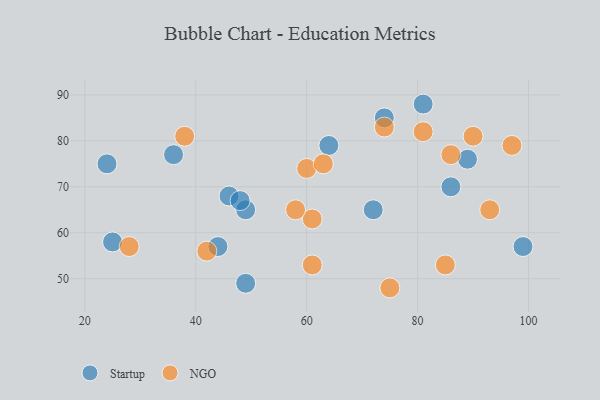
{"axis": {"x": "GDP", "y": "Life Expectancy"}, "legend": ["NGO", "Startup"], "data": [{"x": "89", "y": 76, "type": "Startup"}, {"x": "46", "y": 68, "type": "Startup"}, {"x": "86", "y": 70, "type": "Startup"}, {"x": "72", "y": 65, "type": "Startup"}, {"x": "49", "y": 65, "type": "Startup"}, {"x": "44", "y": 57, "type": "Startup"}, {"x": "24", "y": 75, "type": "Startup"}, {"x": "81", "y": 88, "type": "Startup"}, {"x": "36", "y": 77, "type": "Startup"}, {"x": "99", "y": 57, "type": "Startup"}, {"x": "64", "y": 79, "type": "Startup"}, {"x": "49", "y": 49, "type": "Startup"}, {"x": "48", "y": 67, "type": "Startup"}, {"x": "74", "y": 85, "type": "Startup"}, {"x": "25", "y": 58, "type": "Startup"}, {"x": "86", "y": 77, "type": "NGO"}, {"x": "75", "y": 48, "type": "NGO"}, {"x": "93", "y": 65, "type": "NGO"}, {"x": "61", "y": 53, "type": "NGO"}, {"x": "61", "y": 63, "type": "NGO"}, {"x": "90", "y": 81, "type": "NGO"}, {"x": "42", "y": 56, "type": "NGO"}, {"x": "85", "y": 53, "type": "NGO"}, {"x": "81", "y": 82, "type": "NGO"}, {"x": "38", "y": 81, "type": "NGO"}, {"x": "28", "y": 57, "type": "NGO"}, {"x": "97", "y": 79, "type": "NGO"}, {"x": "60", "y": 74, "type": "NGO"}, {"x": "63", "y": 75, "type": "NGO"}, {"x": "58", "y": 65, "type": "NGO"}, {"x": "74", "y": 83, "type": "NGO"}]}